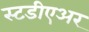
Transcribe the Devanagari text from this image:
स्टडीएअर